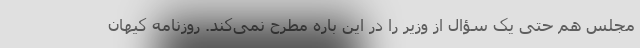
مجلس هم حتی یک سؤال از وزیر را در این باره مطرح نمی‌کند. روزنامه کیهان